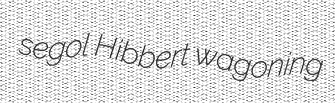
segol Hibbert wagoning